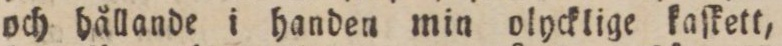
och hållande i handen min olycklige kaſkett,